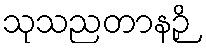
သုသညတာနဉှိ